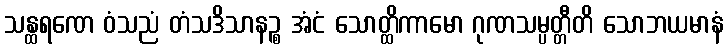
သန္ထရဏေ ဝံသညံ တံသဒိသာနဉ္စ အံငံ သောတ္ထိကာမော ဂုဏသမ္ပတ္တီတိ သောဘယမာနံ